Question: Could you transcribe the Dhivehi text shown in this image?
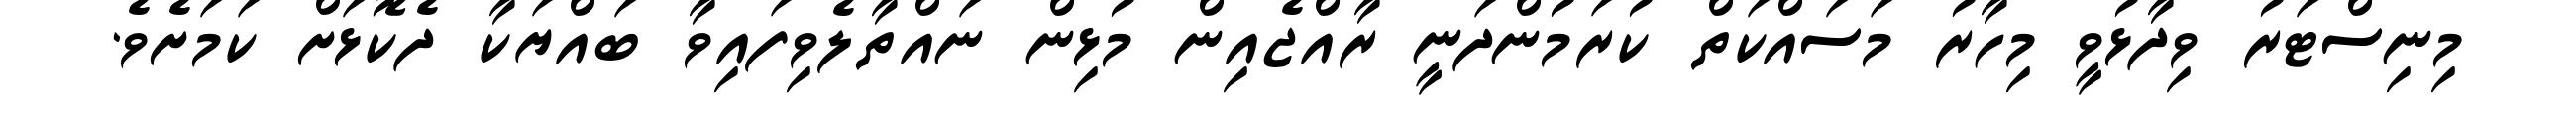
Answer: މިނިސްޓަރު ވިދާޅުވީ މިހާރު މަސައްކަތް ކުރަމުންދަނީ ރާއްޖެއިން މުޅިން ނައްތާލެވިފައިވާ ބައްޔަކާ ދެކޮޅަށް ކަމަށެވެ.